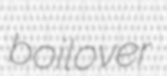
boilover